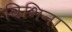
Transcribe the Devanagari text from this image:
विभिना